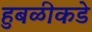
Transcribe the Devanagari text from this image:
हुबळीकडे